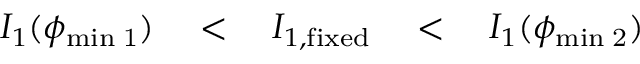
I _ { 1 } ( \phi _ { \mathrm { { m i n } \; 1 } } ) \quad < \quad I _ { 1 , \mathrm { f i x e d } } \quad < \quad I _ { 1 } ( \phi _ { \mathrm { { m i n } \; 2 } } )